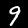
Digit: 9